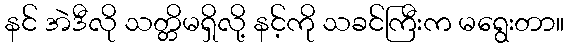
နင် အဲဒီလို သတ္တိမရှိလို့ နင့်ကို သခင်ကြီးက မရွေးတာ။